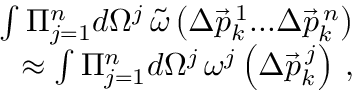
\begin{array} { r l r } & { } & { \int \Pi _ { j = 1 } ^ { n } d \Omega ^ { j } \, \tilde { \omega } \left( \Delta \vec { p } _ { k } ^ { \, 1 } . . . \Delta \vec { p } _ { k } ^ { \, n } \right) } \\ & { } & { \approx \int \Pi _ { j = 1 } ^ { n } d \Omega ^ { j } \, \omega ^ { j } \left( \Delta \vec { p } _ { k } ^ { \, j } \right) \, , } \end{array}